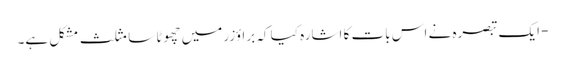
- ایک تبصرہ نے اس بات کا اشارہ کیا کہ براؤزر میں چھوٹا سا مثلث مشکل ہے۔